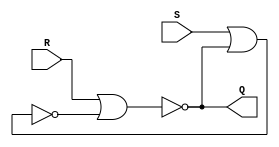
module sr(S, R, Q);

    input S, R;
    output Q;
    wire wR, wS;

    nor r_nor(wR, R, wS);
    nor s_nor(wS, S, wR);
    // assign Q = (~S & ~R) ? 1'b1 : wR;
    assign Q = wR;

endmodule